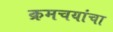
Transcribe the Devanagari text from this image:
क्रमचयांचा